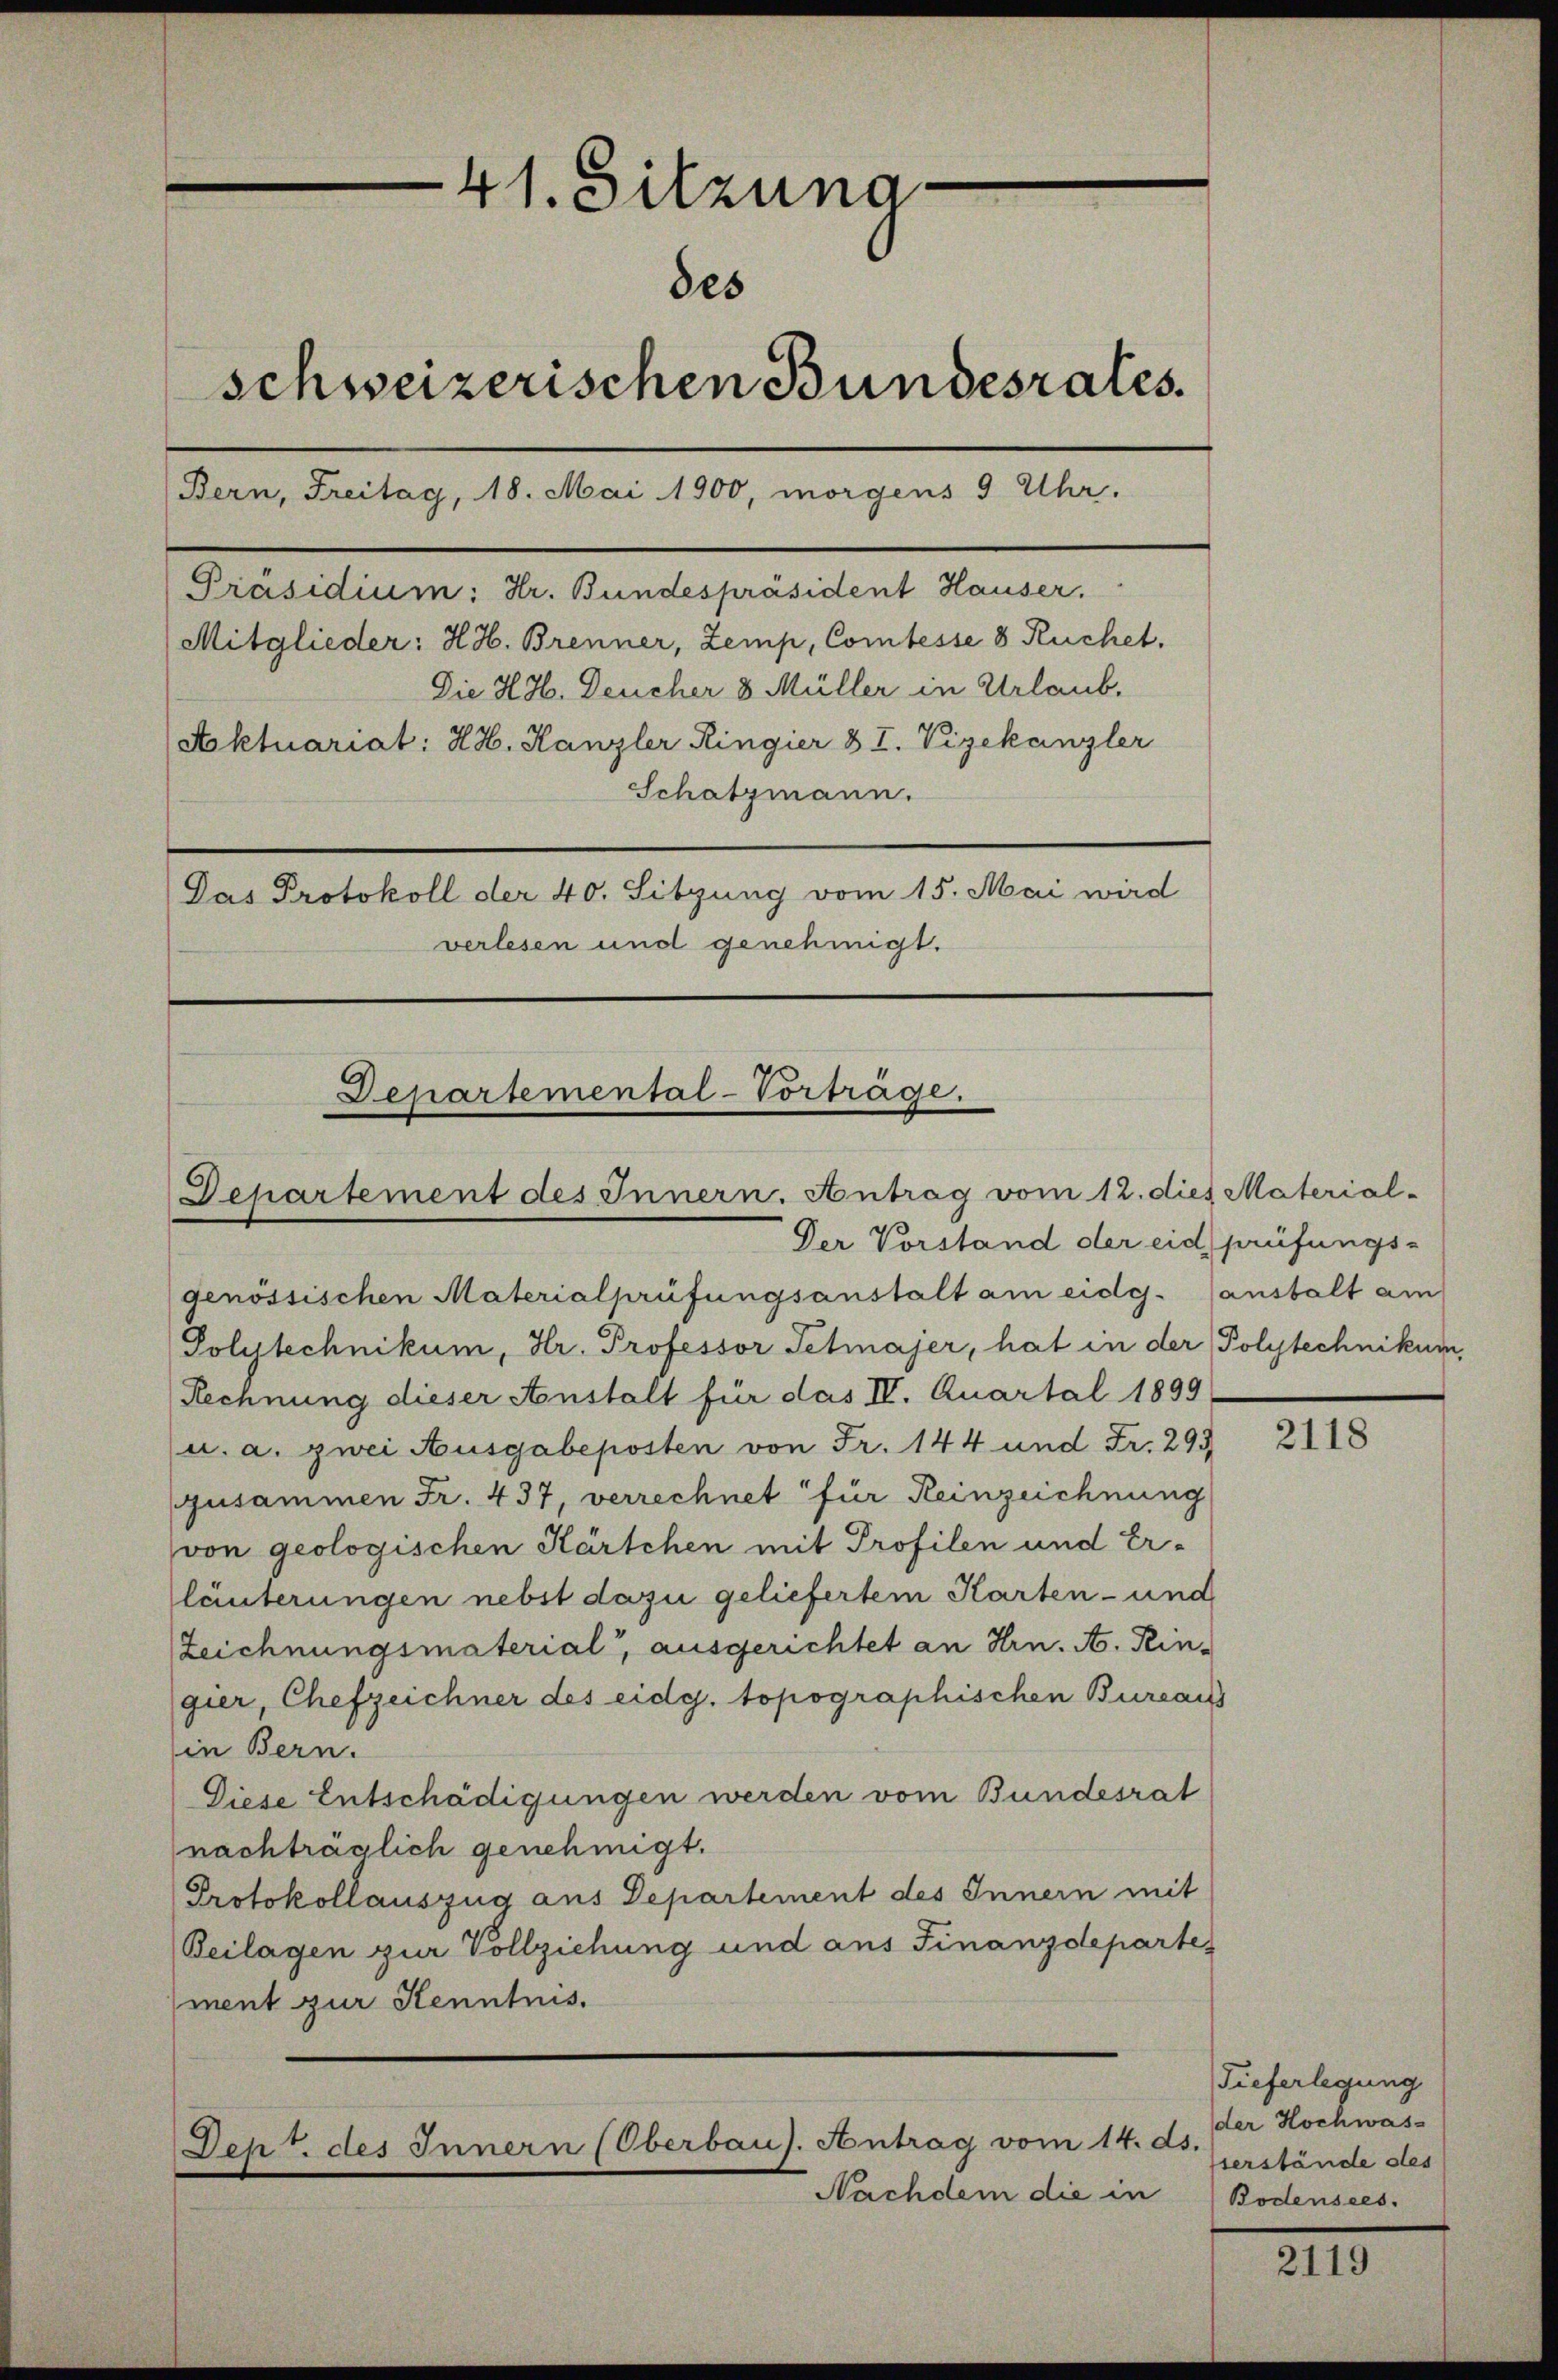
Schatzmann.
Das Protokoll der 40. Sitzung vom 15. Mai wird
verlesen und genehmigt.

41. Sitzung
des
schweizerischen Bundesrates.
Bern, Freitag, 18. Mai 1900, morgens 9 Uhr.
Präsidium: Hr. Bundespräsident Hauser.
Mitglieder: H. H. Brenner, Zemp, Comtesse 8 Ruchet.
Die H. H. Deucher 8 Müller in Urlaub.
Aoktuariat: HH. Kanzler Ringier & I. Vizekanzler

Departemental-Vorträge.
Departement des Innern. Antrag vom 12. dies Material-
Der Vorstand der eid. prüfungs-

genössischen Materialprüfungsanstalt am eidg. anstalt am
Polytechnikum, Hr. Professor Petmajer, hat in der Polytechnikum,
Rechnung dieser Anstalt für das IV. Quartal 1899.
u. a. zwei Ausgabeposten von Fr. 144 und Fr. 293
zusammen Fr. 437, verrechnet für Reinzeichnung
von geologischen Kärtchen mit Profilen und Erläuterungen nebst dazu geliefertem Karten- und
Zeichnungsmaterial, ausgerichtet an Hrn. N. Reingier, Chefzeichner des eidg. topographischen Bureaus
in Bern.
Diese Entschädigungen werden vom Bundesrat
nachträglich genehmigt.
Protokollauszug aus Departement des Innern mit
Beilagen zur Vollziehung und aus Finanzdeparte
ment zur Kenntnis.

Dent des Innern (Oberbaus. Antrag vom 14. ds.

Nachdem die in

2118

Tieferlegung
der Hochwas-
serstände des
Bodensees.

2119